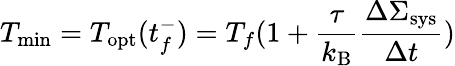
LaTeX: T_{\mathrm{min}}=T_{\mathrm{opt}}(t_{f}^{-})=T_{f}(1+\frac{\tau}{k_{\mathrm{B}}}\frac{\Delta\Sigma_{\mathrm{sys}}}{\Delta t})